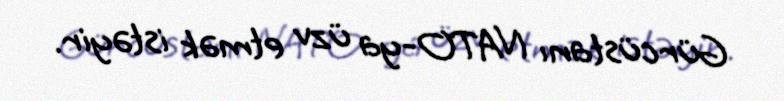
Gürcüstanı NATO-ya üzv etmək istəyir.